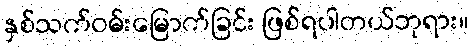
နှစ်သက်ဝမ်းမြောက်ခြင်း ဖြစ်ရပါတယ်ဘုရား။